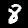
Label: 8